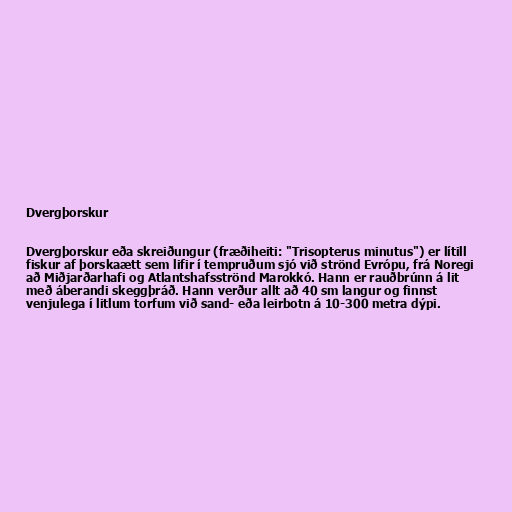
Dvergþorskur

Dvergþorskur eða skreiðungur (fræðiheiti: "Trisopterus minutus") er lítill
fiskur af þorskaætt sem lifir í tempruðum sjó við strönd Evrópu, frá Noregi
að Miðjarðarhafi og Atlantshafsströnd Marokkó. Hann er rauðbrúnn á lit
með áberandi skeggþráð. Hann verður allt að 40 sm langur og finnst
venjulega í litlum torfum við sand- eða leirbotn á 10-300 metra dýpi.